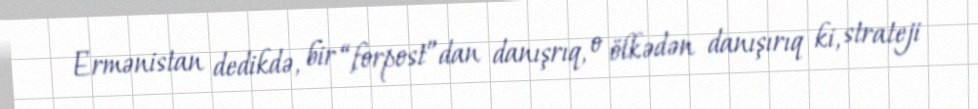
Ermənistan dedikdə, bir “forpost”dan danışrıq, o ölkədən danışırıq ki, strateji